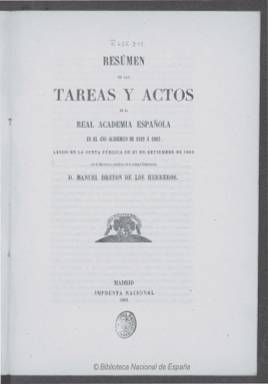
Título: Resumen de las tareas y actos de la Real Academia Española en el año académico de ...
Colección: Anuarios e informes
Ámbito geográfico: Madrid
Lugar de publicación: Madrid
Fechas: 01/01/1862-31/12/1875

Las memorias anuales de la Real Academia Española (RAE) se imprimen con este título a partir de la correspondiente al curso 1862-1863, formando parte también de la colección de la Biblioteca Nacional de España (BNE) las de los tres cursos anteriores con el título Resumen de las actas y tareas… Siguen siendo leídas cada año en junta pública por el secretario perpetuo de la corporación, el dramaturgo, poeta y periodista Manuel Bretón de los Herreros (1797-1873), hasta que las de los cursos académicos 1869-1870 y 1870-1871 lo sean por el secretario accidental, el escritor, periodista y político Antonio María Segovia (1808-1874), que ocuparía este cargo hasta su fallecimiento. Hasta 1875 no aparece publicado el siguiente Resumen, correspondiendo este a “los cuatro años académicos de 1871 a 1875”, que empieza a ser leído por el nuevo secretario perpetuo, el dramaturgo Manuel Tamayo y Baus (1829-1898).

Los resúmenes tienen una misma estructura formal, divida en dos partes. La primera corresponde a la memoria en sí, en donde se da cuenta de las tareas de las diversas comisiones que se van estableciendo en el seno de la Academia; las que se dedican a la elaboración para su publicación de los diccionarios de la lengua española (el Vulgar, de Autoridades, Sinónimos, Neologismos, Voces, etc.), las encargadas de la impresión de obras literarias, y la creación de la colección de la Biblioteca Selecta de Autores Españoles, o el estudio y publicación del Prontuario de Gramática, de Prosodia o el Epítome de analogía y sintaxis, así como las encargadas de organizar las honras en honor a Cervantes y Lope de Vega, entre otros. También reseña los fallecimientos y elogios fúnebres y los discursos de recepción de los académicos y el nombramiento de los correspondientes electos, y la promoción de los certámenes y concursos, entre otros muchos asuntos.

La segunda parte la integra un Apéndice en donde se ofrece una relación de los libros adquiridos por la Academia, tanto por donación como por compra y suscripción, que en el resumen correspondiente al curso 1875-1876, se amplía a manuscritos, cuadros y objetos adquiridos. Esta es firmada por el bibliotecario perpetuo de la corporación, Eusebio María del Valle, y tras el fallecimiento de éste en 1867, por el que le sustituye en el cargo, el escritor, periodista e historiador Antonio Ferrer del Río (1814-1872). En el resumen 1871-1875, aparece como firmante de la relación su nuevo bibliotecario perpetuo, el dramaturgo, historiador y arqueólogo Aureliano Fernández-Guerra y Orbe (1816-1894). De éste publica un informe sobre nuevos documentos en torno al Fuero de Avilés en un apéndice del Resumen del curso 1865-1866. También se publica un facsímil tipográfico de una carta de Alfonso X sobre el portazgo de Oviedo.

Estas memorias vuelven a modificar su título, y la publicada en 1881 se reduce a Resumen de las actas de la Real Academia Española, que también forma parte de esta Hemeroteca Digital.